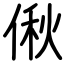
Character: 偢